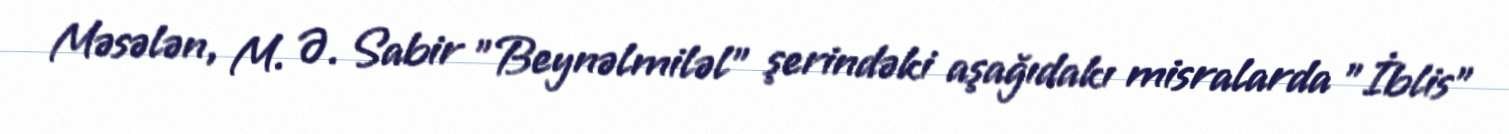
Məsələn, M. Ə. Sabir "Beynəlmiləl" şerindəki aşağıdakı misralarda "İblis"